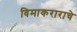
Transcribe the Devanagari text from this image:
विमाकराराचे